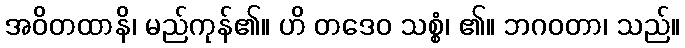
အဝိတထာနိ၊ မည်ကုန်၏။ ဟိ တဒေဝ သစ္စံ၊ ၏။ ဘဂဝတာ၊ သည်။